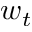
w _ { t }